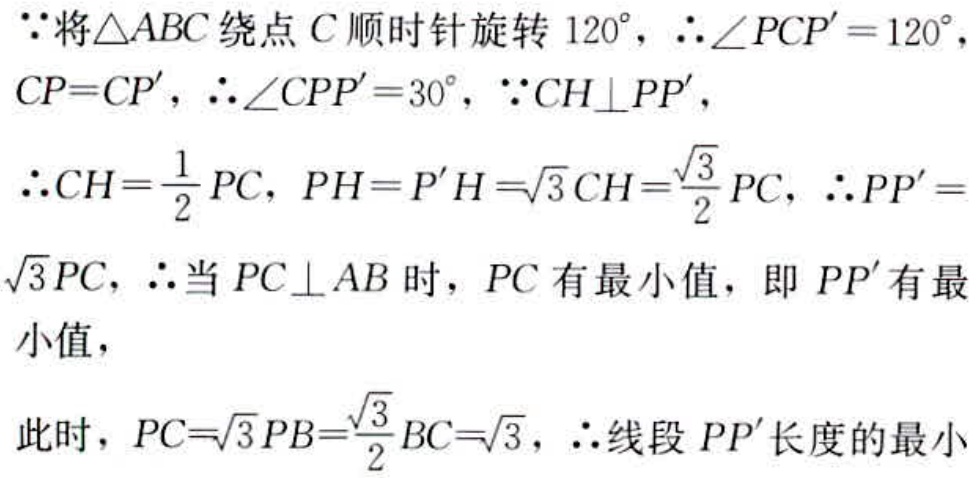
$\because$将$\triangle ABC$绕点$C$顺时针旋转$120^{\circ}$，$\therefore \angle PCP' = 120^{\circ}$，$CP = CP'$，$\therefore \angle CPP' = 30^{\circ}$，$\because CH\perp PP'$，
$\therefore CH=\frac{1}{2}PC$，$PH = P'H=\sqrt{3}CH=\frac{\sqrt{3}}{2}PC$，$\therefore PP' = \sqrt{3}PC$，$\therefore$当$PC\perp AB$时，$PC$有最小值，即$PP'$有最小值，
此时，$PC = \sqrt{3}PB=\frac{\sqrt{3}}{2}BC=\sqrt{3}$，$\therefore$线段$PP'$长度的最小